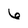
Character: 6